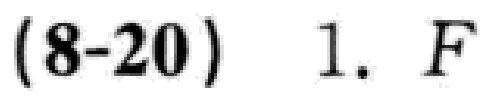
$(8 - 20)\ \ 1.\ F$